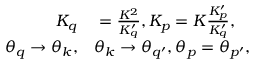
\begin{array} { r l } { K _ { q } } & { { } = \frac { K ^ { 2 } } { K _ { q } ^ { \prime } } , K _ { p } = K \frac { K _ { p } ^ { \prime } } { K _ { q } ^ { \prime } } , } \\ { \theta _ { q } \rightarrow \theta _ { k } , } & { { } \theta _ { k } \rightarrow \theta _ { q ^ { \prime } } , \theta _ { p } = \theta _ { p ^ { \prime } } , } \end{array}